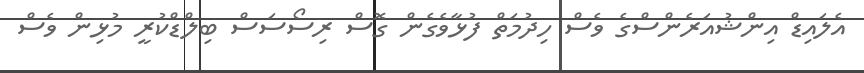
އެލައިޑް އިންޝުއަރެންސްގެ ވެސް ހިދުމަތް ފުޅާވެގެން ގޮސް ރިސޯސަސް ބިލްޑްކުރީ މުޅިން ވެސް